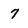
Character: 7